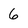
Character: 6